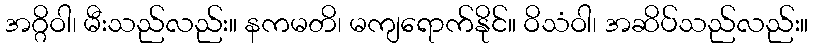
အဂ္ဂိဝါ၊ မီးသည်လည်း။ နကမတိ၊ မကျရောက်နိုင်။ ဝိသံဝါ၊ အဆိပ်သည်လည်း။